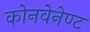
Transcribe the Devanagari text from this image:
कोनवेनेण्ट